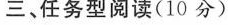
三、任务型阅读(10分)